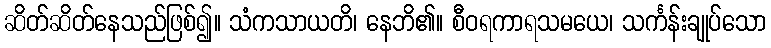
ဆိတ်ဆိတ်နေသည်ဖြစ်၍။ သံကသာယတိ၊ နေဘိ၏။ စီဝရကာရသမယေ၊ သင်္ကန်းချုပ်သော